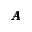
\pmb { A }